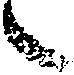
々